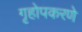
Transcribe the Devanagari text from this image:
गृहोपकरणे